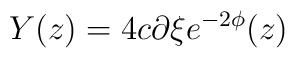
Y(z)=4c\partial \xi e^{-2\phi}(z)